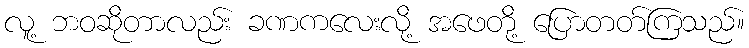
လူ့ ဘဝဆိုတာလည်း ခဏကလေးလို့ အဖေတို့ ပြောတတ်ကြသည်။